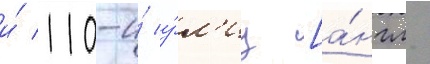
и́ 110-и́ у́л'иц [а́нгл.